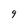
Character: 9